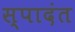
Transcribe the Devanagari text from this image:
स्पादंत